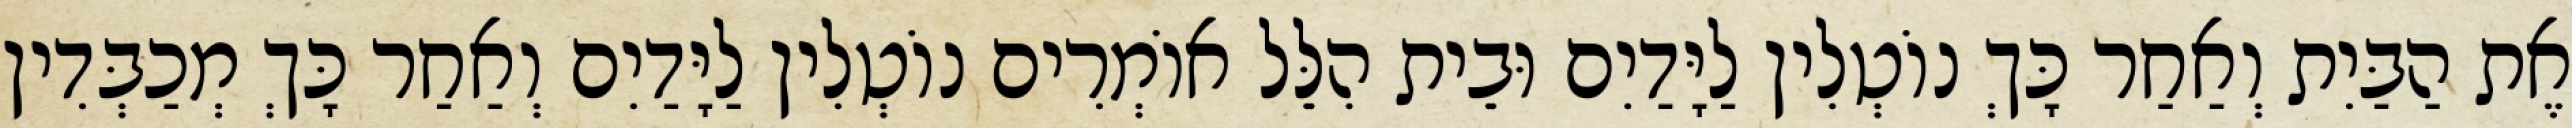
אֶת הַבַּיִת וְאַחַר כָּךְ נוֹטְלִין לַיָּדַיִם וּבֵית הִלֵּל אוֹמְרִים נוֹטְלִין לַיָּדַיִם וְאַחַר כָּךְ מְכַבְּדִין